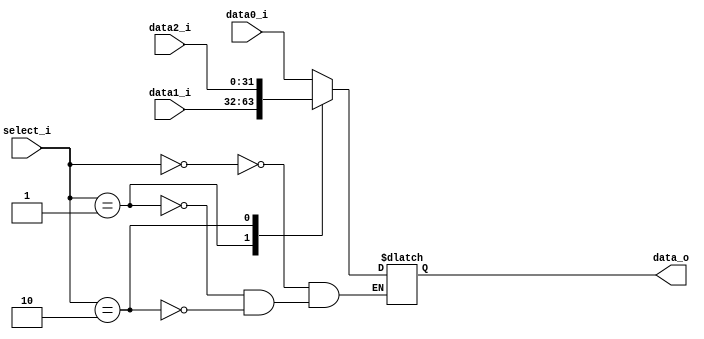
/***************************************************
Student Name: 
Student ID: 
***************************************************/

`timescale 1ns/1ps

module MUX_3to1(
	input  [31:0] data0_i,       
	input  [31:0] data1_i,
	input  [31:0] data2_i,
	input  [ 1:0] select_i,
	output [31:0] data_o
    );		   

/* Write your code HERE */
reg [32-1:0] data_out;   
/* Write your code HERE */
always@(*)begin
	case(select_i) 
	2'b00:
		begin//sel=0 output_Z=input_A
			data_out = data0_i;
		end
	2'b01:
		begin//sel=1 output_Z=input_B
			data_out = data1_i;
		end
	2'b10:
		begin//sel=2 output_Z=input_C
			data_out = data2_i;
		end
	//default: data_out = data0_i - 32'b00000000000000000000000000000100;
	endcase
//$display("%0dns : jump = %2b",$stime, select_i );
end

assign data_o = data_out;   


endmodule